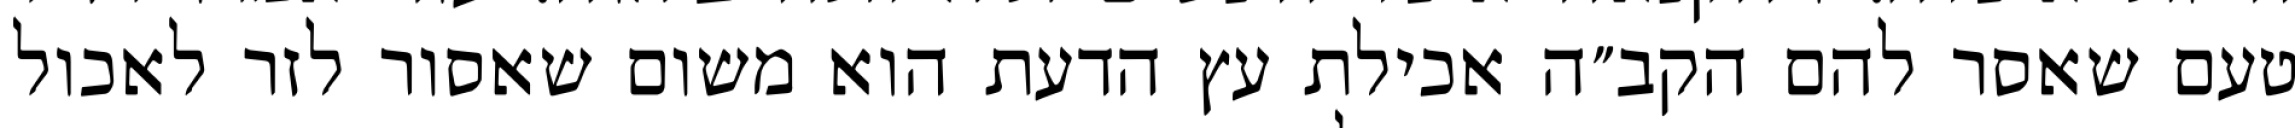
טעם שאסר להם הקב״ה אכילת עץ הדעת הוא משום שאסור לזר לאכול